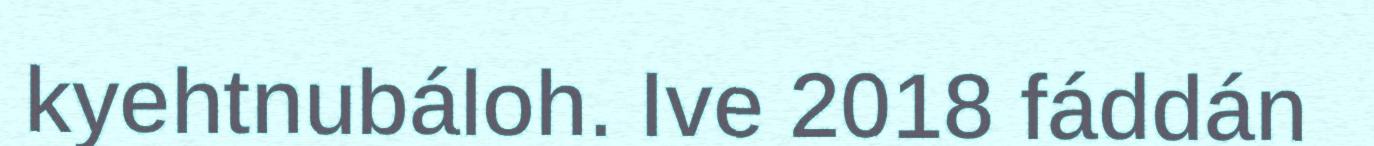
kyehtnubáloh. Ive 2018 fáddán